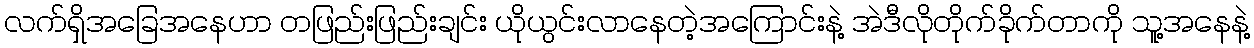
လက်ရှိအခြေအနေဟာ တဖြည်းဖြည်းချင်း ယိုယွင်းလာနေတဲ့အကြောင်းနဲ့ အဲဒီလိုတိုက်ခိုက်တာကို သူ့အနေနဲ့